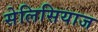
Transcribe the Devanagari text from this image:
सेलिसियाज